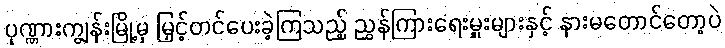
ပုဏ္ဏားကျွန်းမြို့မှ မြှင့်တင်ပေးခဲ့ကြသည့် ညွှန်ကြားရေးမှူးများနှင့် နားမတောင်တော့ပဲ